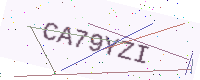
Text: CA79YZI